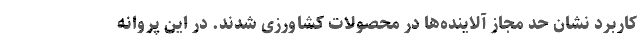
کاربرد نشان حد مجاز آلاینده‌ها در محصولات کشاورزی شدند. در این پروانه